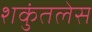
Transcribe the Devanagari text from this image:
शकुंतलेस